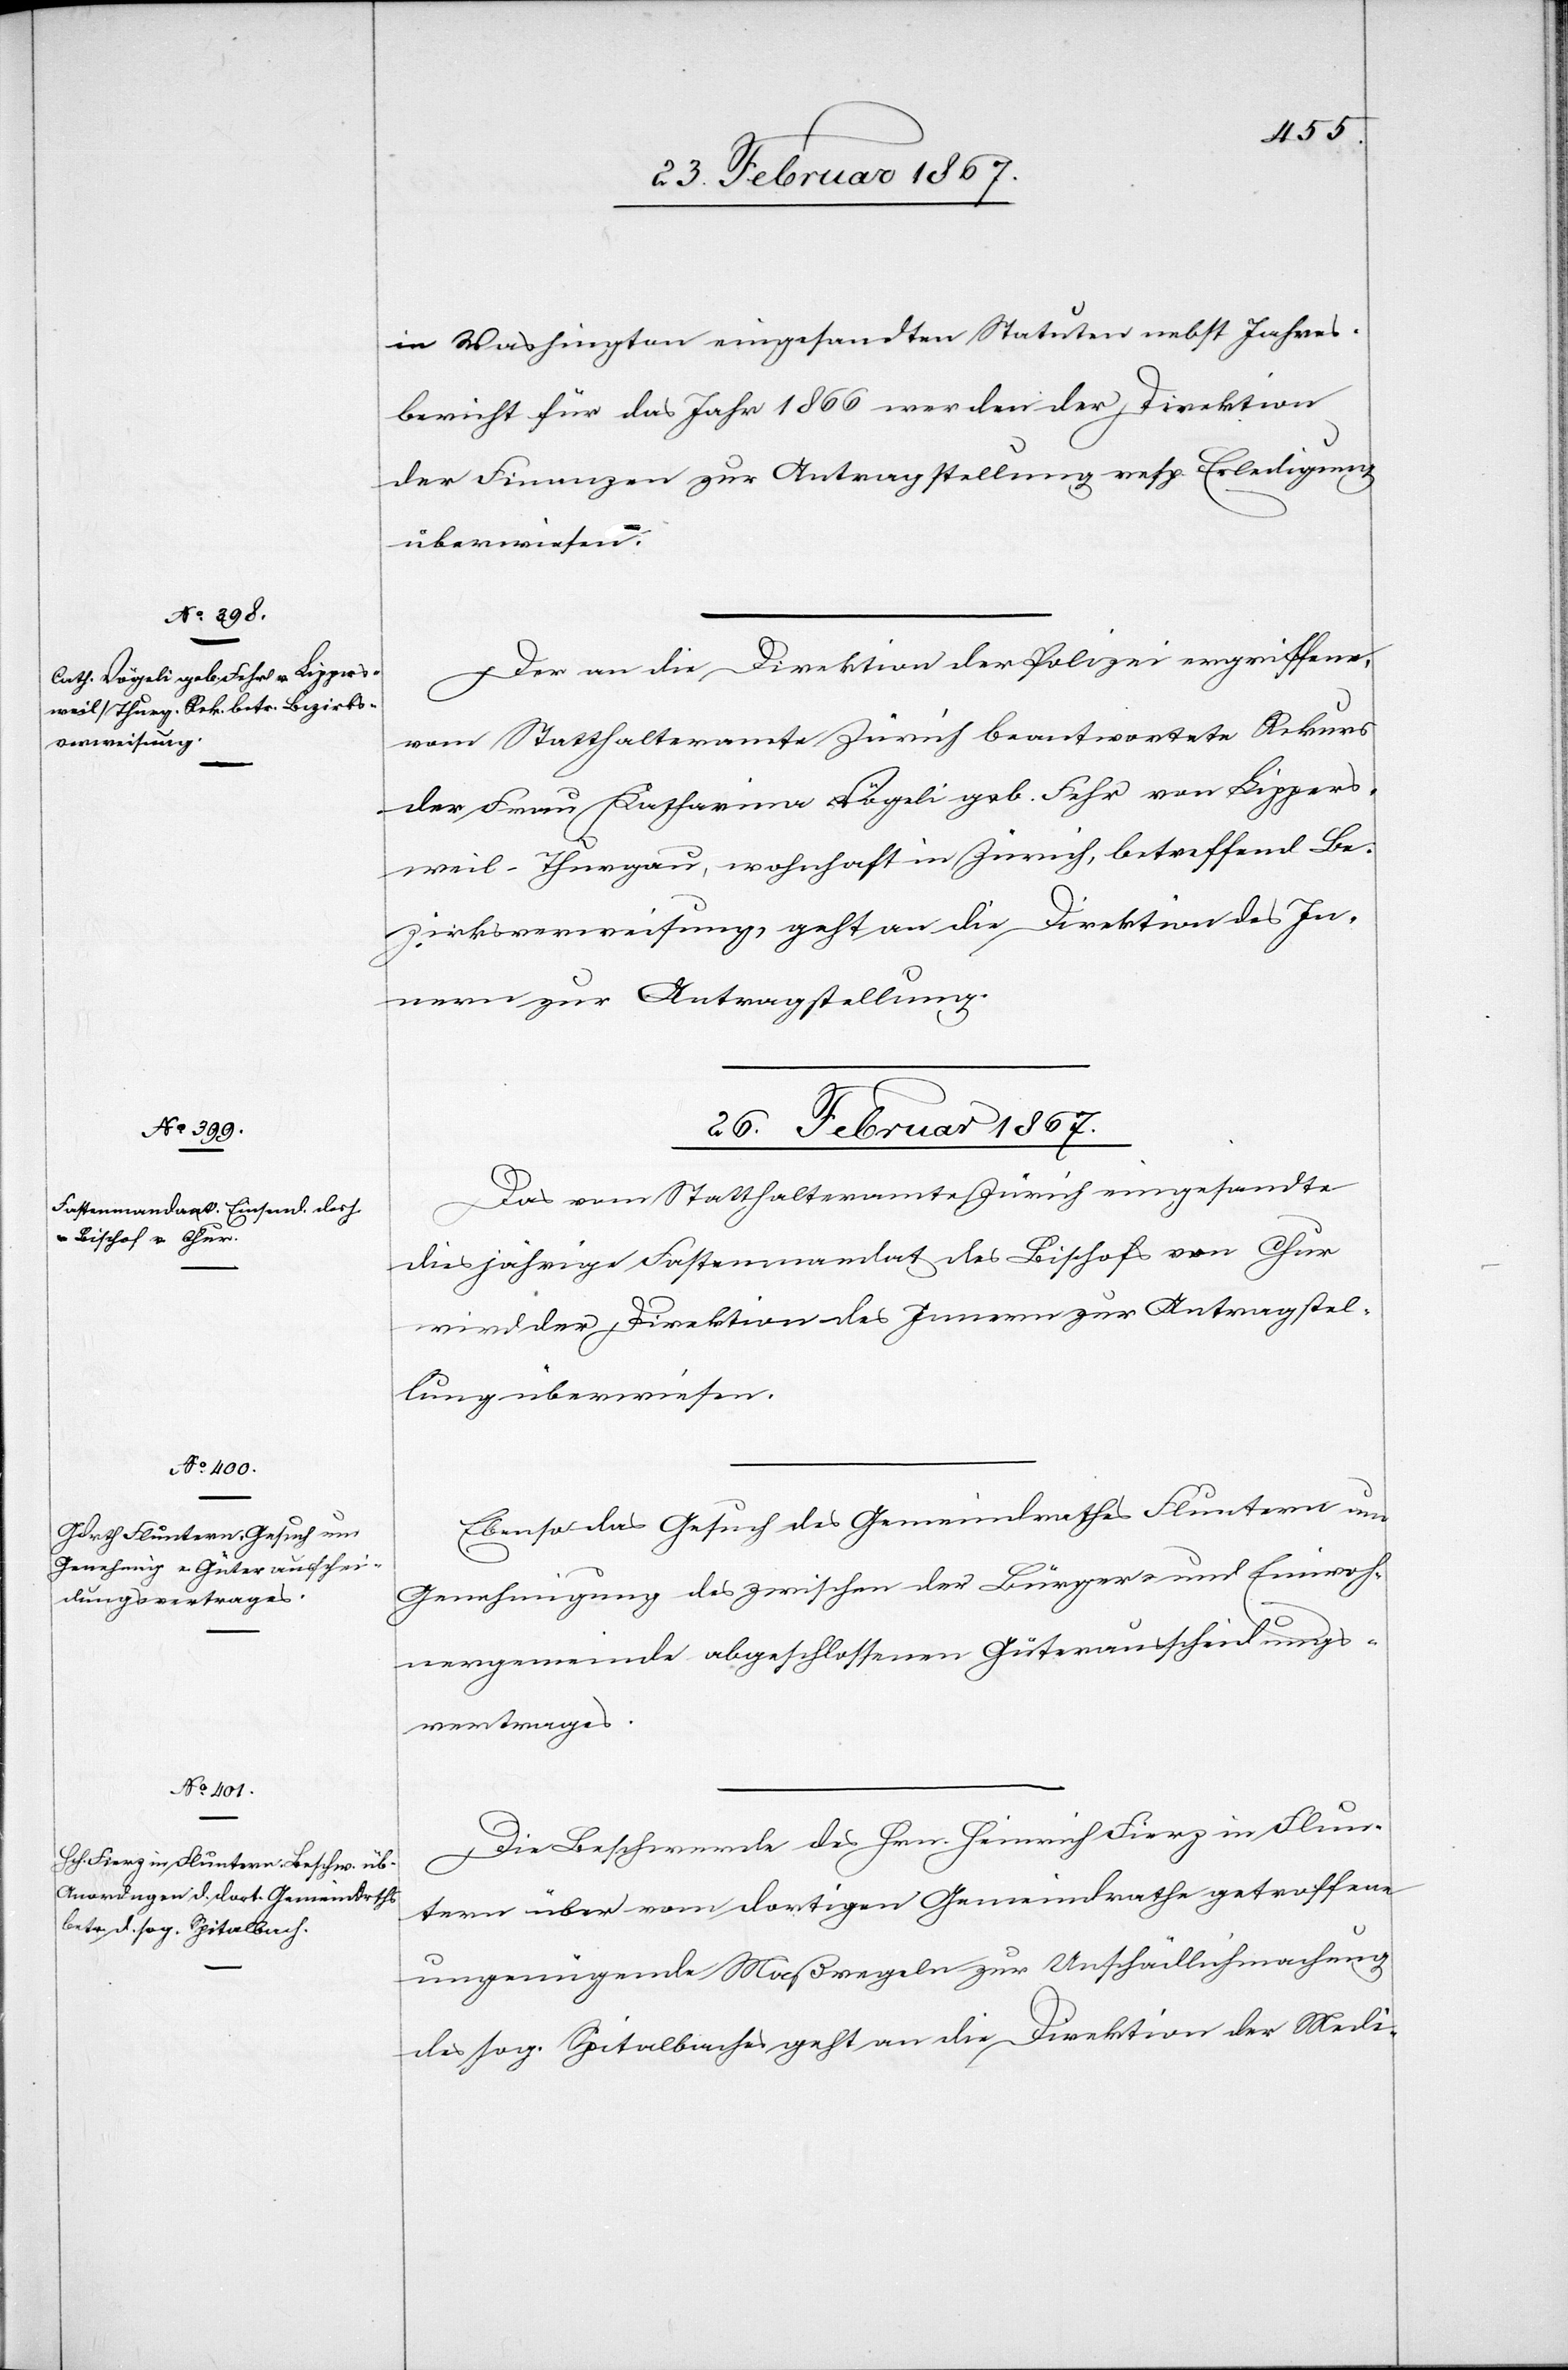
26. Februar 1867.]
in Washington eingesandten Statuten nebst Jahres¬
bericht für das Jahr 1866 werden der Direktion
der Finanzen zur Antragstellung resp. Erledigung
überwiesen.
Der an die Direktion der Polizei ergriffene,
vom Statthalteramte Zürich beantwortete Rekurs
der Frau Katharina [sic!] Vögeli geb. Fehr von Lippers¬
weil-Thurgau, wohnhaft in Zürich, betreffend Be¬
zirksverweisung, geht an die Direktion des In¬
nern zur Antragstellung.
26. Februar 1867.
Das vom Statthalteramte Zürich eingesandte
diesjährige Fastenmandat des Bischofs von Chur
wird der Direktion des Innern zur Antragstel¬
lung überwiesen.
Ebenso das Gesuch des Gemeindrathes Fluntern um
Genehmigung des zwischen der Bürger- und Einwoh¬
nergemeinde abgeschlossenen Güterausscheidungs¬
vertrages.
Die Beschwerde des Hrn. Heinrich Fierz in Flun¬
tern über vom dortigen Gemeindrathe getroffene
ungenügende Maßregeln zur Unschädlichmachung
des sog. Spitalbaches geht an die Direktion der Medi-